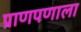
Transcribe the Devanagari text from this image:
प्राणपणाला